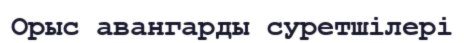
Орыс авангарды суретшілері